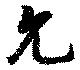
允